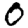
Digit: 0